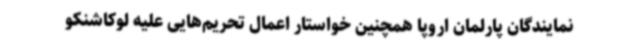
نمایندگان پارلمان اروپا همچنین خواستار اعمال تحریم‌هایی علیه لوکاشنکو